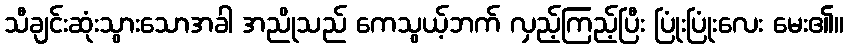
သီချင်းဆုံးသွားသောအခါ အညိုသည် ကေသွယ့်ဘက် လှည့်ကြည့်ပြီး ပြုံးပြုံးလေး မေး၏။